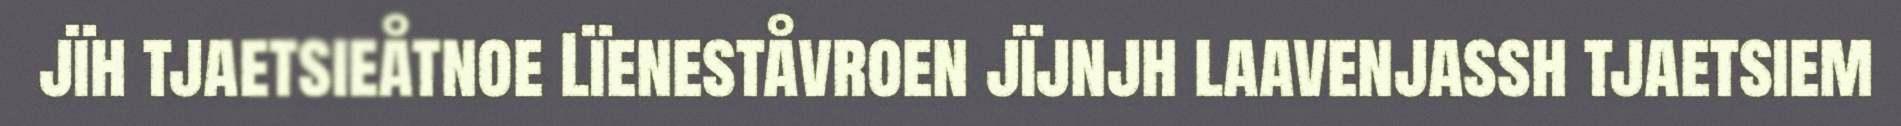
jïh tjaetsieåtnoe Lïeneståvroen jïjnjh laavenjassh tjaetsiem